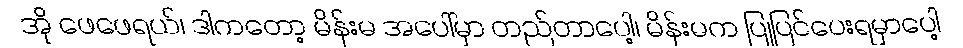
အို ဖေဖေရယ်၊ ဒါကတော့ မိန်းမ အပေါ်မှာ တည်တာပေါ့၊ မိန်းမက ပြုပြင်ပေးရမှာပေါ့